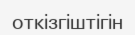
откізгіштігін